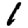
Digit: 1